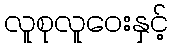
လူစုလူဝေးနှင့်